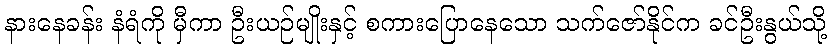
နားနေခန်း နံရံကို မှီကာ ဦးယဉ်မျိုးနှင့် စကားပြောနေသော သက်ဇော်နိုင်က ခင်ဦးနွယ်သို့